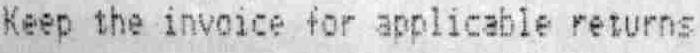
KEEP THE INVOICE FOR APPLICABLE RETURNS